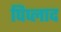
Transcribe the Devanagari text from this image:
पिप्लाद